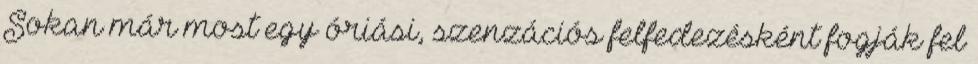
Sokan már most egy óriási, szenzációs felfedezésként fogják fel